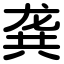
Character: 龚